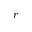
r